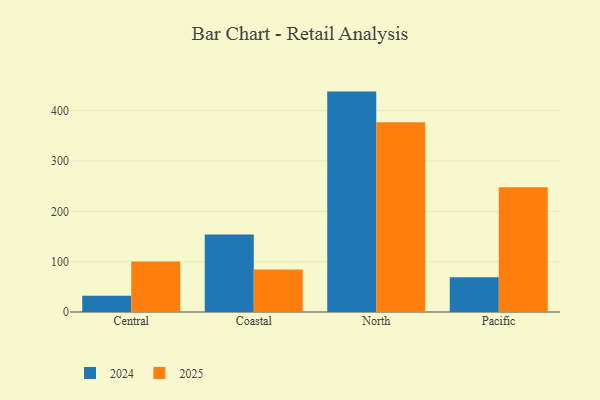
{"axis": {"x": "Region", "y": "Humidity (%)"}, "legend": ["2024", "2025"], "data": [{"x": "Central", "y": 32.2, "type": "2024"}, {"x": "Central", "y": 100.2, "type": "2025"}, {"x": "Coastal", "y": 153.9, "type": "2024"}, {"x": "Coastal", "y": 84.5, "type": "2025"}, {"x": "North", "y": 438.0, "type": "2024"}, {"x": "North", "y": 377.1, "type": "2025"}, {"x": "Pacific", "y": 69.1, "type": "2024"}, {"x": "Pacific", "y": 248.1, "type": "2025"}]}